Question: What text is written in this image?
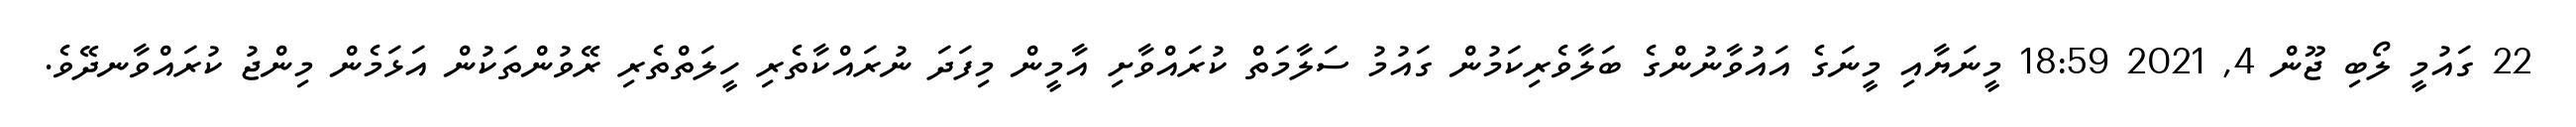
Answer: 22 ގައުމީ ލޯބި ޖޫން 4, 2021 18:59 މީނަޔާއި މީނަގެ އައުވާނުންގެ ބަލާވެރިކަމުން ގައުމު ސަލާމަތް ކުރައްވާށި އާމީން މިފަދަ ނުރައްކާތެރި ހީލަތްތެރި ރޭވުންތަކުން އަޅަމެން މިންޖު ކުރައްވާނދޭވެ.